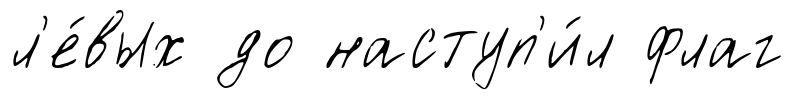
л'е́вых до наступ'и́л флаг